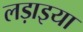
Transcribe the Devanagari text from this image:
लड़ाइया